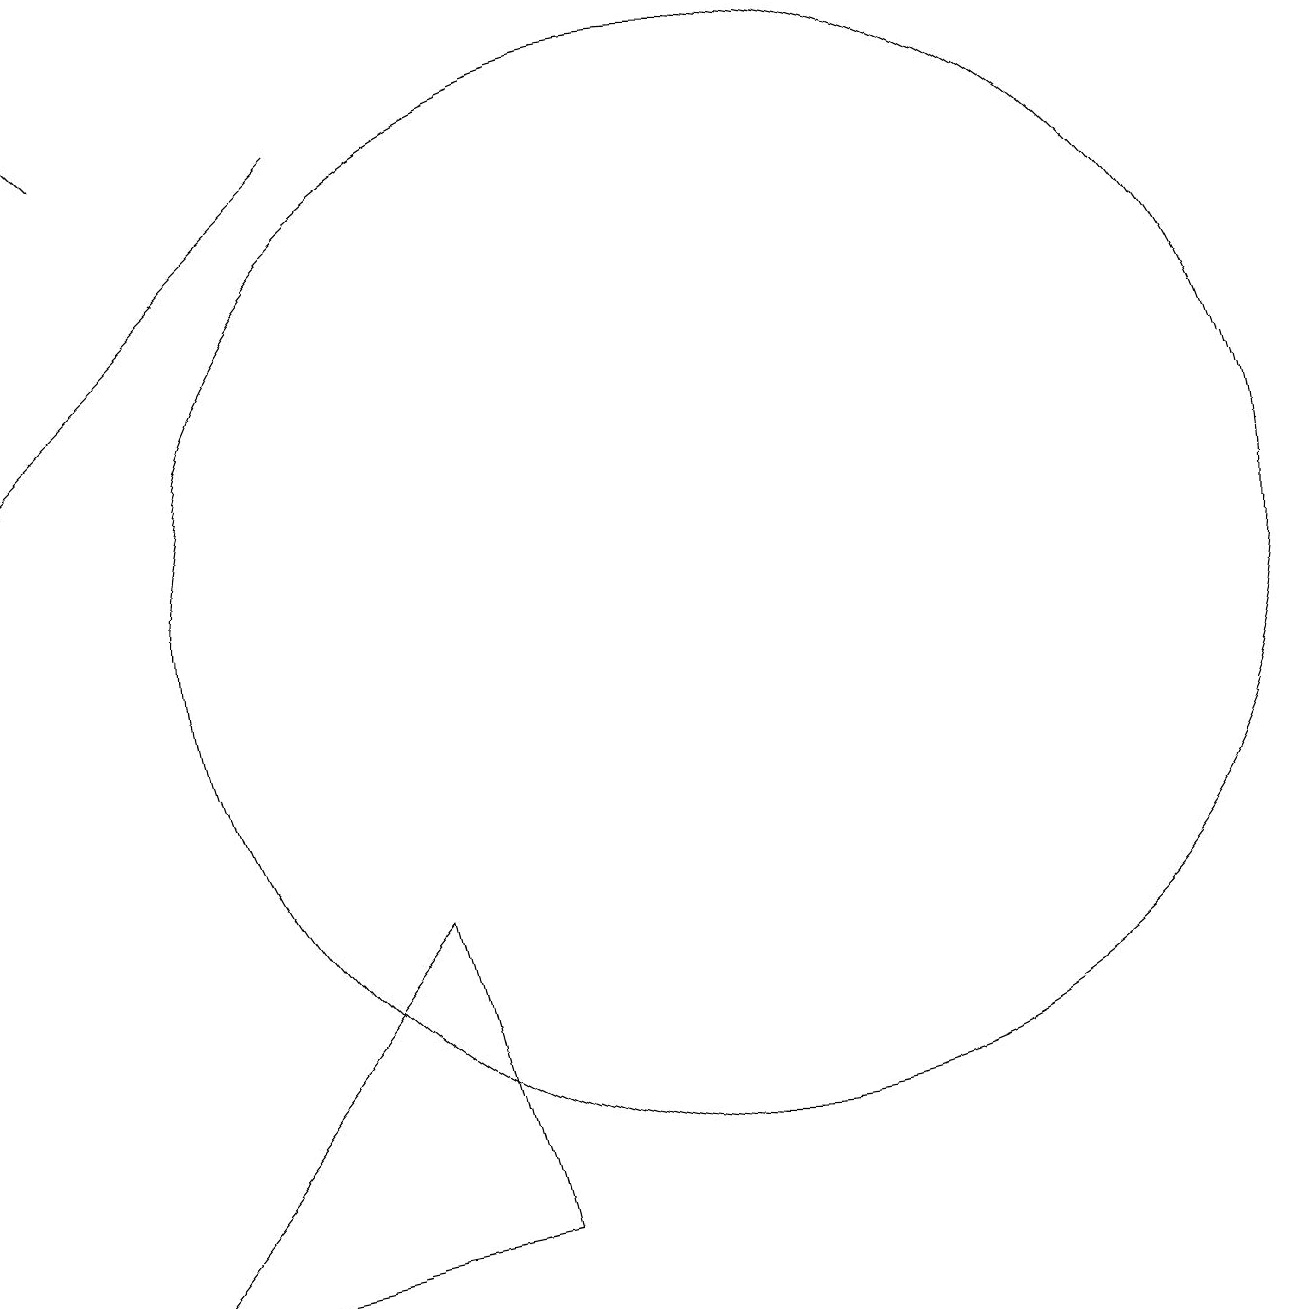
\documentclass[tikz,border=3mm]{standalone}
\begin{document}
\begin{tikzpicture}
\draw (11,10) circle (7);
\draw (3,1) -- (7,6) -- (8,2) -- cycle;
\draw[->] (3,16) -- (2,17);
\draw[->] (6,16) -- (2,12);
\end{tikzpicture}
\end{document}